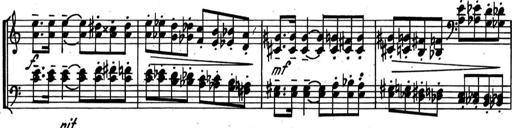
Title: Kleine Sonate
Composer: Raoul Koczalski
Key: C major